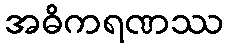
အဓိကရဏဿ